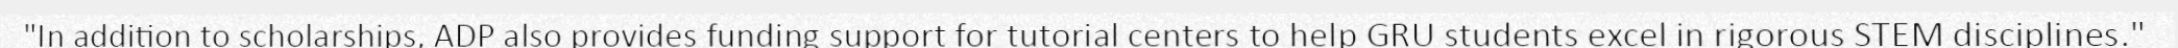
"In addition to scholarships, ADP also provides funding support for tutorial centers to help GRU students excel in rigorous STEM disciplines."